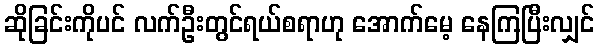
ဆိုခြင်းကိုပင် လက်ဦးတွင်ရယ်စရာဟု အောက်မေ့ နေကြပြီးလျှင်